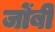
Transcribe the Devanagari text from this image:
जोंबी